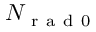
N _ { \mathrm { ~ r ~ a ~ d ~ } 0 }